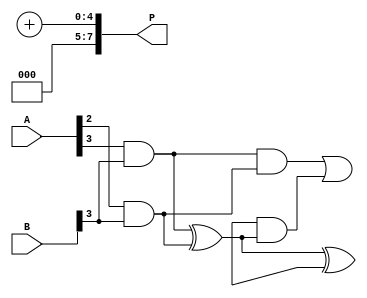
module wallace_tree_multiplier #(parameter N = 4) (
    input  wire [N-1:0] A,
    input  wire [N-1:0] B,
    output wire [2*N-1:0] P
);

    // Partial product generation
    wire [N-1:0] pp [0:N-1]; // Partial products
    genvar i, j;
    generate
        for (i = 0; i < N; i = i + 1) begin : pp_gen
            for (j = 0; j < N; j = j + 1) begin : pp_bit
                assign pp[i][j] = A[i] & B[j];
            end
        end
    endgenerate

    // Wallace tree reduction
    wire [N-1:0] sum [0:N-1]; // Sums for each column
    wire [N-1:0] carry [0:N-1]; // Carries for each column

    // Stage 1: Combine partial products
    generate
        for (i = 0; i < N; i = i + 1) begin : reduction_stage
            if (i == 0) begin
                assign sum[i] = pp[i];
                assign carry[i] = 0;
            end else begin
                wire [N-1:0] a, b, c;
                assign a = pp[i];
                assign b = (i < N) ? pp[i-1] : 0;
                assign c = (i < N-1) ? pp[i-2] : 0;

                // Half adders and full adders
                wire [N-1:0] ha_sum, ha_carry;
                wire [N-1:0] fa_sum, fa_carry;

                // Half adder for the first two bits
                assign ha_sum[0] = a[0] ^ b[0];
                assign ha_carry[0] = a[0] & b[0];

                // Full adders for the rest
                genvar k;
                for (k = 1; k < N; k = k + 1) begin : full_adder
                    assign fa_sum[k] = a[k] ^ b[k] ^ carry[i-1][k-1];
                    assign fa_carry[k] = (a[k] & b[k]) | (carry[i-1][k-1] & (a[k] ^ b[k]));
                end

                // Combine results
                assign sum[i] = {fa_sum[N-1], ha_sum[N-1:1]};
                assign carry[i] = {fa_carry[N-1], ha_carry[N-1:1]};
            end
        end
    endgenerate

    // Final addition stage
    wire [2*N-1:0] final_sum;
    wire [2*N-1:0] final_carry;

    assign final_sum = sum[N-1] + carry[N-1];

    // Output
    assign P = final_sum;

endmodule